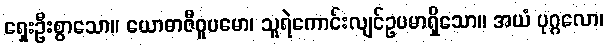
ရှေးဦးစွာသော။ ယောဓာဇီဝူပမော၊ သူရဲကောင်းလျင်ဥပမာရှိသော။ အယံ ပုဂ္ဂလော၊